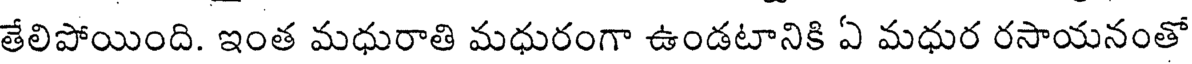
తేలిపోయింది. ఇంత మధురాతి మధురంగా ఉండటానికి ఏ మధుర రసాయనంతో